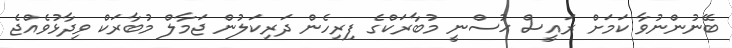
ބޭނުންނުވާ ކަމަށް ރައީސް ޙުސްނީ މުބާރަކްގެ ފިރިހެން ދަރިކަލުން ޖަމާލް މުބާރަކް ވިދާޅުވެއްޖެ